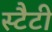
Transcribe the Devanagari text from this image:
स्टैटी